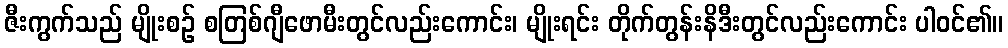
ဇီးကွက်သည် မျိုးစဉ် စတြစ်ဂျီဖောမီးတွင်လည်းကောင်း၊ မျိုးရင်း တိုက်တွန်းနိဒီးတွင်လည်းကောင်း ပါဝင်၏။